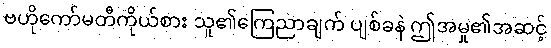
ဗဟိုကော်မတီကိုယ်စား သူ၏ကြေညာချက် ပျစ်ခနဲ ဤအမှု၏အဆင့်